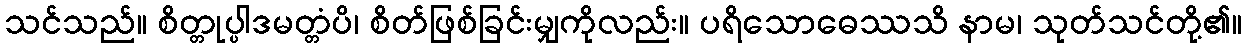
သင်သည်။ စိတ္တုပ္ပါဒမတ္တံပိ၊ စိတ်ဖြစ်ခြင်းမျှကိုလည်း။ ပရိသောဓေဿသိ နာမ၊ သုတ်သင်တို့၏။